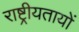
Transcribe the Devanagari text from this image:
राष्ट्रीयतायों